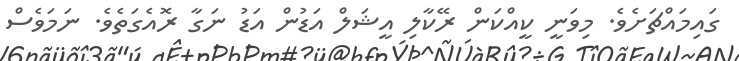
ގައިމައްޗަށެވެ. މިވަނީ ކީއްކަން ރޭކާލި އީޝަލް އަޑުން އަޑު ނަގާ ރޮއެގަތެވެ. ނަމަވެސް